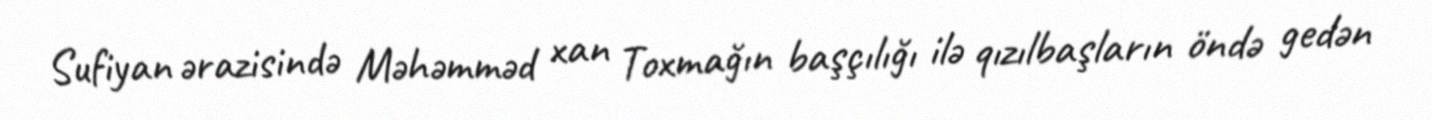
Sufiyan ərazisində Məhəmməd xan Toxmağın başçılığı ilə qızılbaşların öndə gedən